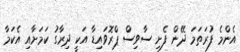
އެންމެ ފުރަތަމަ ދޭން ފެށި ސާވިސް ޕްރޮވައިޑާ އަކީ ދިރާގު ކަމަށާއި އެކަމާ